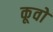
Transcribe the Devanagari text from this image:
कूवो